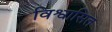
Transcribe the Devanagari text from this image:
विश्वासित